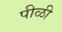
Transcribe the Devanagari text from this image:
पीळी